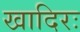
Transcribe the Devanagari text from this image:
खादिरः